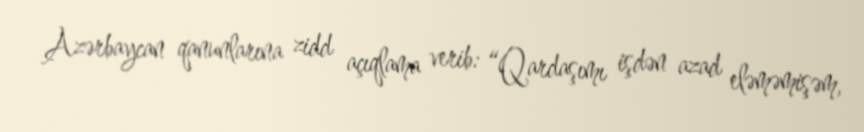
Azərbaycan qanunlarına zidd açıqlama verib: “Qardaşımı işdən azad eləməmişəm,